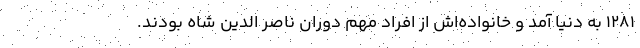
1281 به دنیا آمد و خانواده‌اش از افراد مهم دوران ناصر الدین شاه بودند.